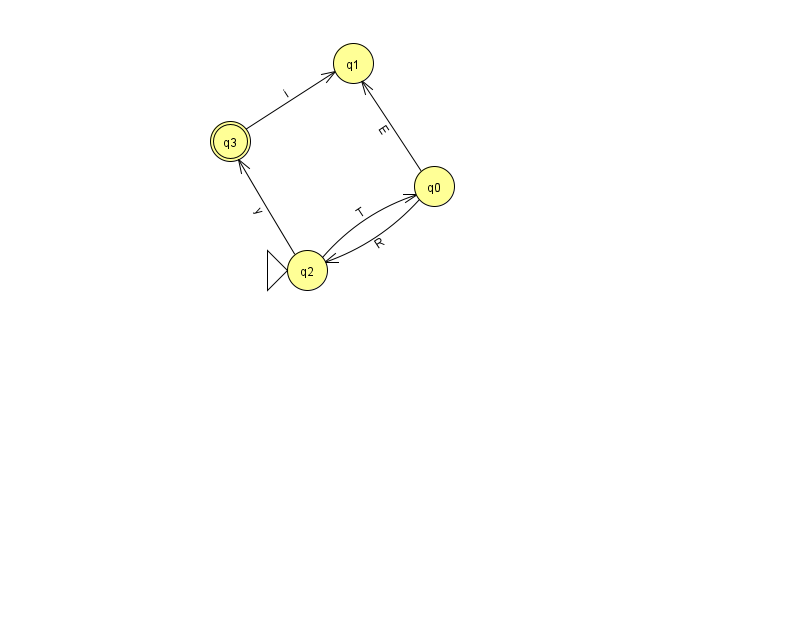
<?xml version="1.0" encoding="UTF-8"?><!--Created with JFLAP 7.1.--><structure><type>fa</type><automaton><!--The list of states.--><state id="0" name="q0"><x>434.0</x><y>173.0</y></state><state id="1" name="q1"><x>353.0</x><y>50.0</y></state><state id="2" name="q2"><x>307.0</x><y>257.0</y><initial/></state><state id="3" name="q3"><x>230.0</x><y>128.0</y><final/></state><!--The list of transitions.--><transition><from>2</from><to>0</to><read>T</read></transition><transition><from>2</from><to>3</to><read>y</read></transition><transition><from>0</from><to>1</to><read>E</read></transition><transition><from>0</from><to>2</to><read>R</read></transition><transition><from>3</from><to>1</to><read>i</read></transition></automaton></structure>